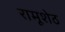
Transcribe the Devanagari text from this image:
रामूशेठ